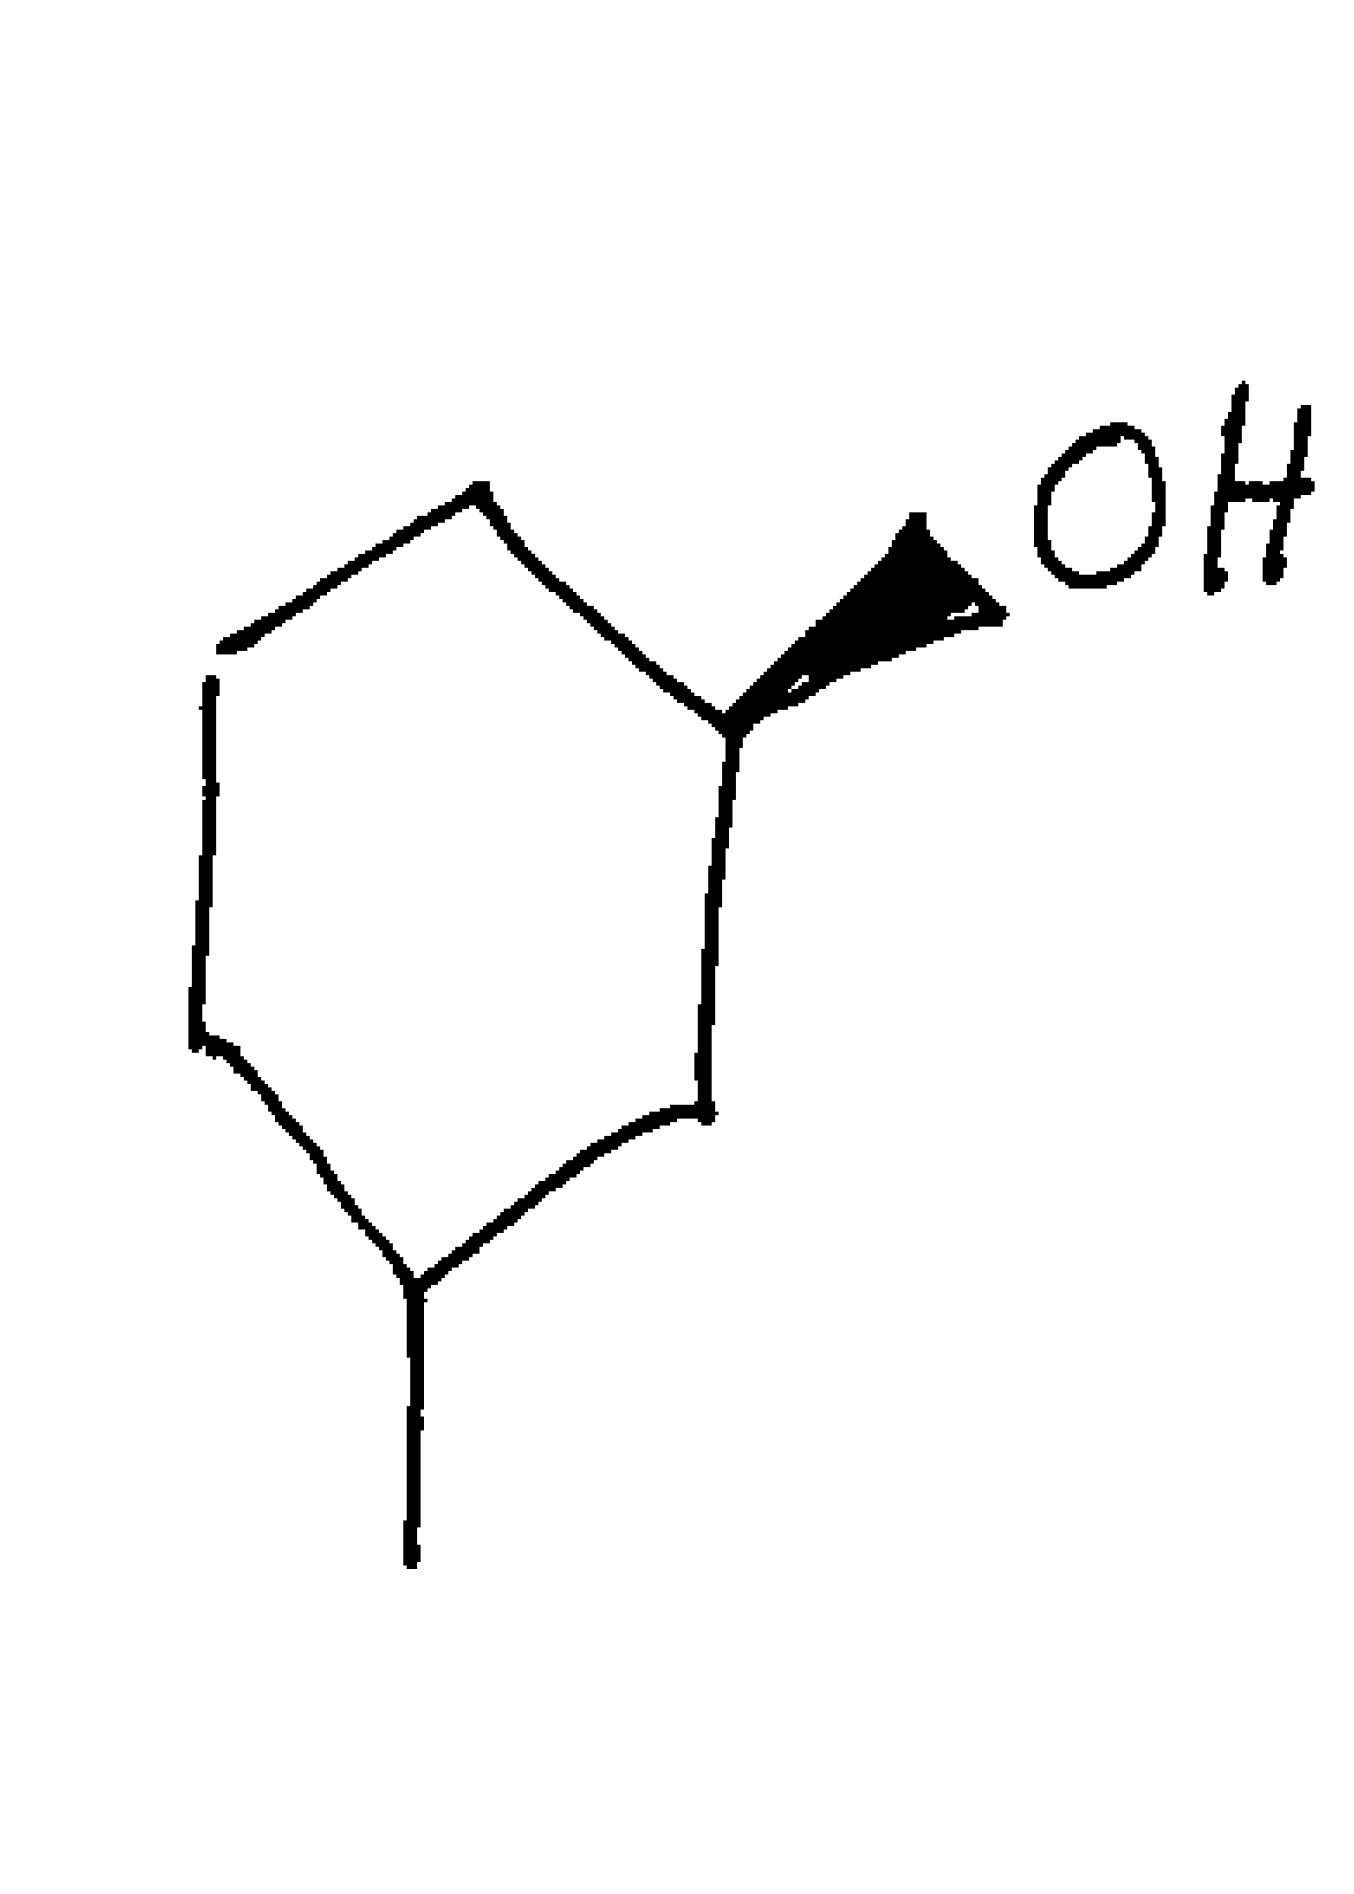
Simplified molecular-input line-entry system (SMILES) notation of the given molecule:
CC1CCC[C@H](C1)O